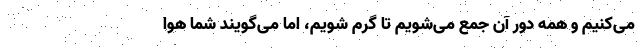
می‌کنیم و همه دور آن جمع می‌شویم تا گرم شویم، اما می‌گویند شما هوا